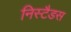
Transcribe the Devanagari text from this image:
निस्टैडस